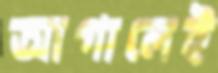
আগালেই